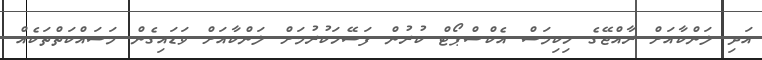
އަދި ލަންކާއަށް ރާއްޖޭގެ ހިކިމަސް އެކްސްޕޯޓް ކުރުން ފަސޭހަކުރުމަށް ލަންކާއަށް ވަޑައިގެން މަސައްކަތްތަކެއް